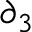
\partial _ { 3 }